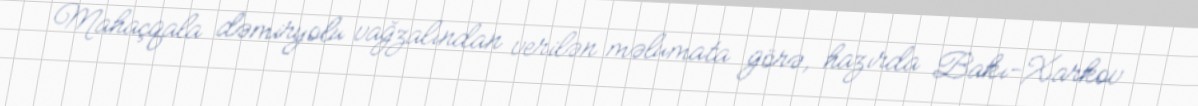
Mahaçqala dəmiryolu vağzalından verilən məlumata görə, hazırda Bakı-Xarkov